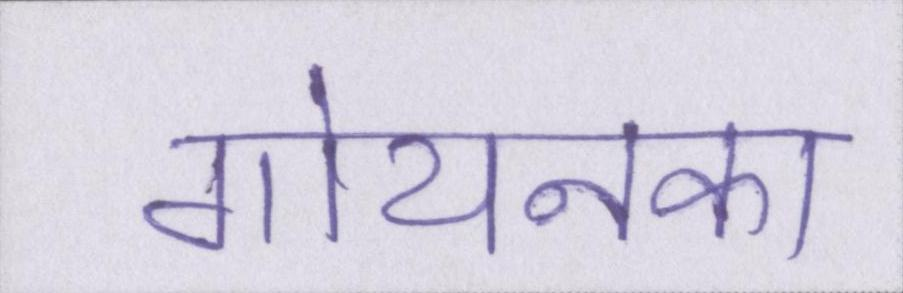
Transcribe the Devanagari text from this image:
गोयनका